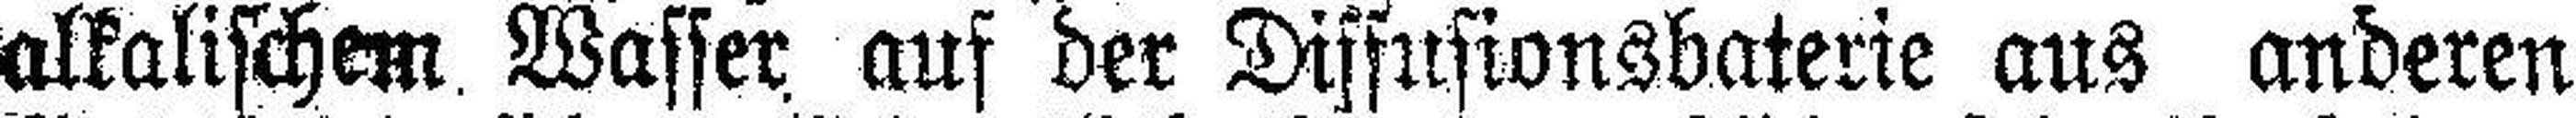
alkalischem Wasser auf der Diffusionsbaterie aus anderen